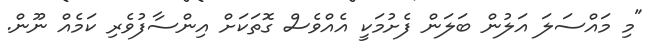
"މި މައްސަލަ އަލުން ބަލަން ފެށުމަކީ އެއްވެސް ގޮތަކަށް އިންސާފުވެރި ކަމެއް ނޫން.